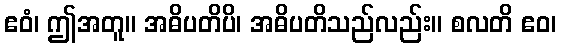
ဧဝံ၊ ဤအတူ။ အဓိပတိပိ၊ အဓိပတိသည်လည်း။ စလတိ ဧဝ၊